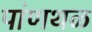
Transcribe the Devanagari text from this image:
पांणथळ